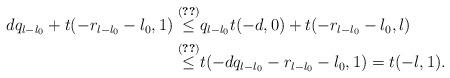
LaTeX: \begin{align*}dq_{l-l_0}+t(-r_{l-l_0}-l_0,1) \overset{\textup{(\ref{align:d2})}}{\le} & q_{l-l_0}t(-d,0)+t(-r_{l-l_0}-l_0,l) \\\overset{\textup{(\ref{align:d3})}}{\le} & t(-dq_{l-l_0}-r_{l-l_0}-l_0,1)=t(-l,1). \end{align*}